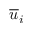
\overline { { u } } _ { i }